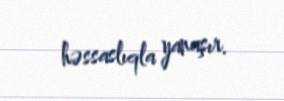
həssaslıqla yanaşır.